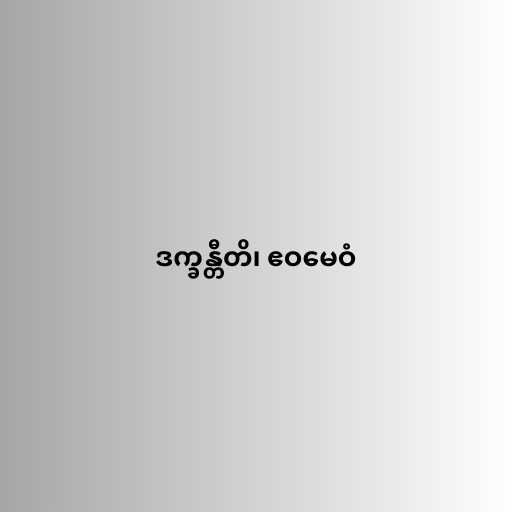
ဒက္ခန္တီတိ၊ ဧဝမေဝံ